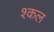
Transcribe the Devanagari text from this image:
श्कल